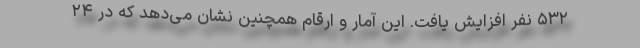
۵۳۲ نفر افزایش یافت. این آمار و ارقام همچنین نشان می‌دهد که در ۲۴